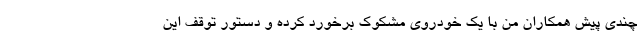
چندی پیش همکاران من با یک خودروی مشکوک برخورد کرده و دستور توقف این